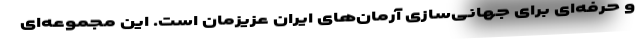
و حرفه‌ای برای جهانی‌سازی آرمان‌های ایران عزیزمان است. این مجموعه‌ای